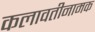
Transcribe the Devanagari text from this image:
कलावतीनामक